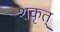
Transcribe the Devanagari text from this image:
शकृत्